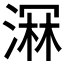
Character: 𣺉